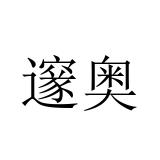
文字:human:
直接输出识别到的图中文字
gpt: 邃奥